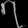
Digit: ၇